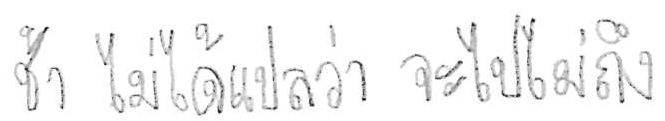
ช้า ไม่ได้แปลว่า จะไปไม่ถึง